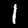
Label: 1